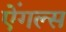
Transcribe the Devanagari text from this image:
ऐंगल्स